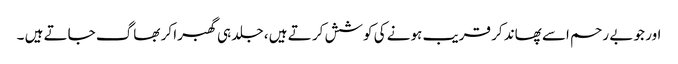
اور جو بے رحم اسے پھاند کر قریب ہونے کی کوشش کر تے ہیں ، جلد ہی گھبرا کر بھاگ جاتے ہیں ۔